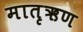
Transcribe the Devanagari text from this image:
मातृऋण